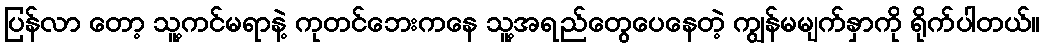
ပြန်လာ တော့ သူ့ကင်မရာနဲ့ ကုတင်ဘေးကနေ သူ့အရည်တွေပေနေတဲ့ ကျွန်မမျက်နှာကို ရိုက်ပါတယ်။